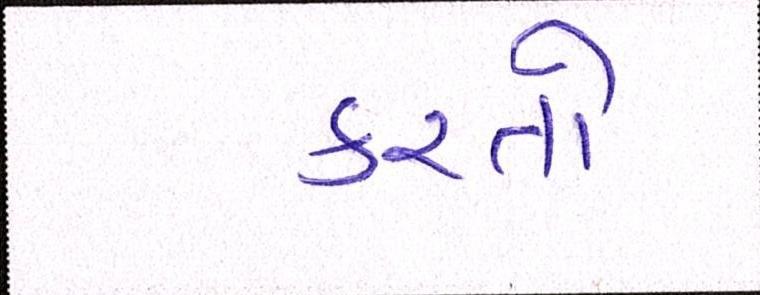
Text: કરતો